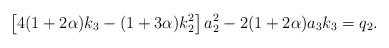
LaTeX: \begin{align*}\left[4(1+2\alpha)k_3-(1+3\alpha)k_2^2\right]a_2^2-2(1+2\alpha)a_3k_3=q_2.\end{align*}